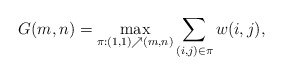
\begin{align*}G(m,n)=\max_{\pi:(1,1)\nearrow (m,n)} \sum_{(i,j)\in\pi} w(i,j),\end{align*}